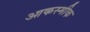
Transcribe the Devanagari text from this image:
आकस्मीक